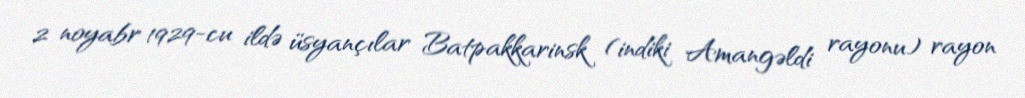
2 noyabr 1929-cu ildə üsyançılar Batpakkarinsk (indiki Amangəldi rayonu) rayon